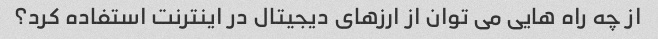
از چه راه هایی می توان از ارزهای دیجیتال در اینترنت استفاده کرد؟